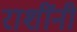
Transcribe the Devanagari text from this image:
राशींनी